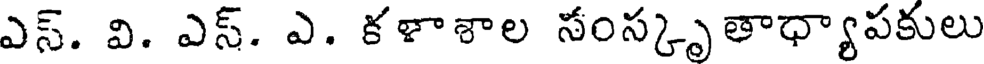
ఎస్. వి. ఎస్. ఎ. కళాశాల సంస్కృతాధ్యాపకులు